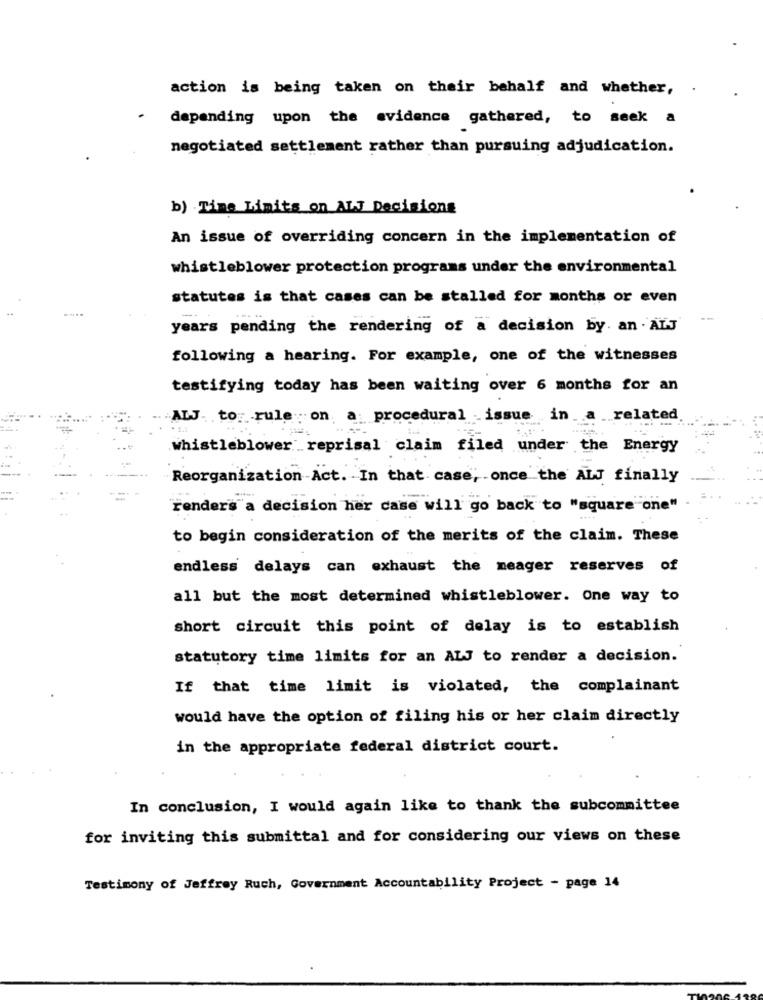
action is being taken on their behalf and whether,
-
depending upon the evidence gathered, to seek a
negotiated settlement rather than pursuing adjudication.
b) Time Limits on ALJ Decisions
An issue of overriding concern in the implementation of
whistleblower protection programs under the environmental
statutes is that cases can be stalled for months or even
years pending the rendering of a decision by. an . AL-J
following a hearing. For example, one of the witnesses
testifying today has been waiting over 6 months for an
ALJ. tog rule on a: procedural issue in_ a _related
whistleblower reprisal claim filed under the Energy
Reorganization -Act. In that case; once the ALJ finally
renders a decision her case will go back to "square one"
to begin consideration of the merits of the claim. These
endless delays can exhaust the meager reserves of
all but the most determined whistleblower. One way to
short circuit this point of delay is to establish
statutory time limits for an ALJ to render a decision.
If that time limit is violated, the complainant
would have the option of filing his or her claim directly
in the appropriate federal district court.
In conclusion, I would again like to thank the subcommittee
for inviting this submittal and for considering our views on these
Testimony of Jeffrey Ruch, Government Accountability Project - page 14